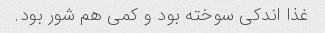
غذا اندکی سوخته بود و کمی هم شور بود.